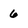
Character: 6